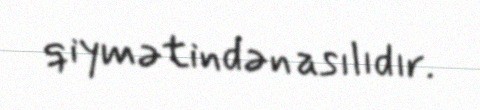
qiymətindən asılıdır.